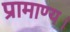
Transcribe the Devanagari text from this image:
प्रामाण्य।